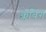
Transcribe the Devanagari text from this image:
क्लबिंग